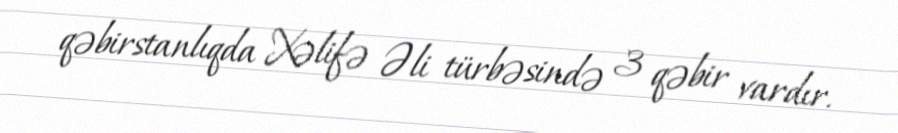
qəbirstanlıqda Xəlifə Əli türbəsində 3 qəbir vardır.